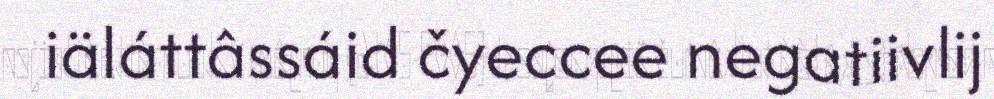
iäláttâssáid čyeccee negatiivlij